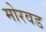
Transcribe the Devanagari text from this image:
मोरवड